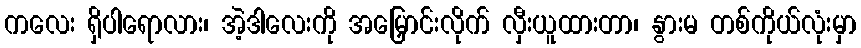
ကလေး ရှိပါရောလား၊ အဲ့ဒါလေးကို အမြှောင်းလိုက် လှီးယူထားတာ၊ နွားမ တစ်ကိုယ်လုံးမှာ